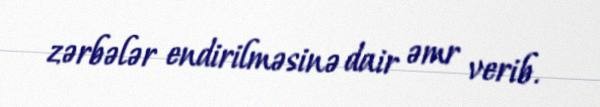
zərbələr endirilməsinə dair əmr verib.